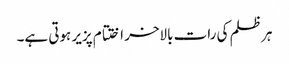
ہر ظلم کی رات بالاخر اختتام پزیر ہوتی ہے۔